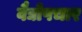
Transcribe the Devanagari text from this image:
वैद्योपचार